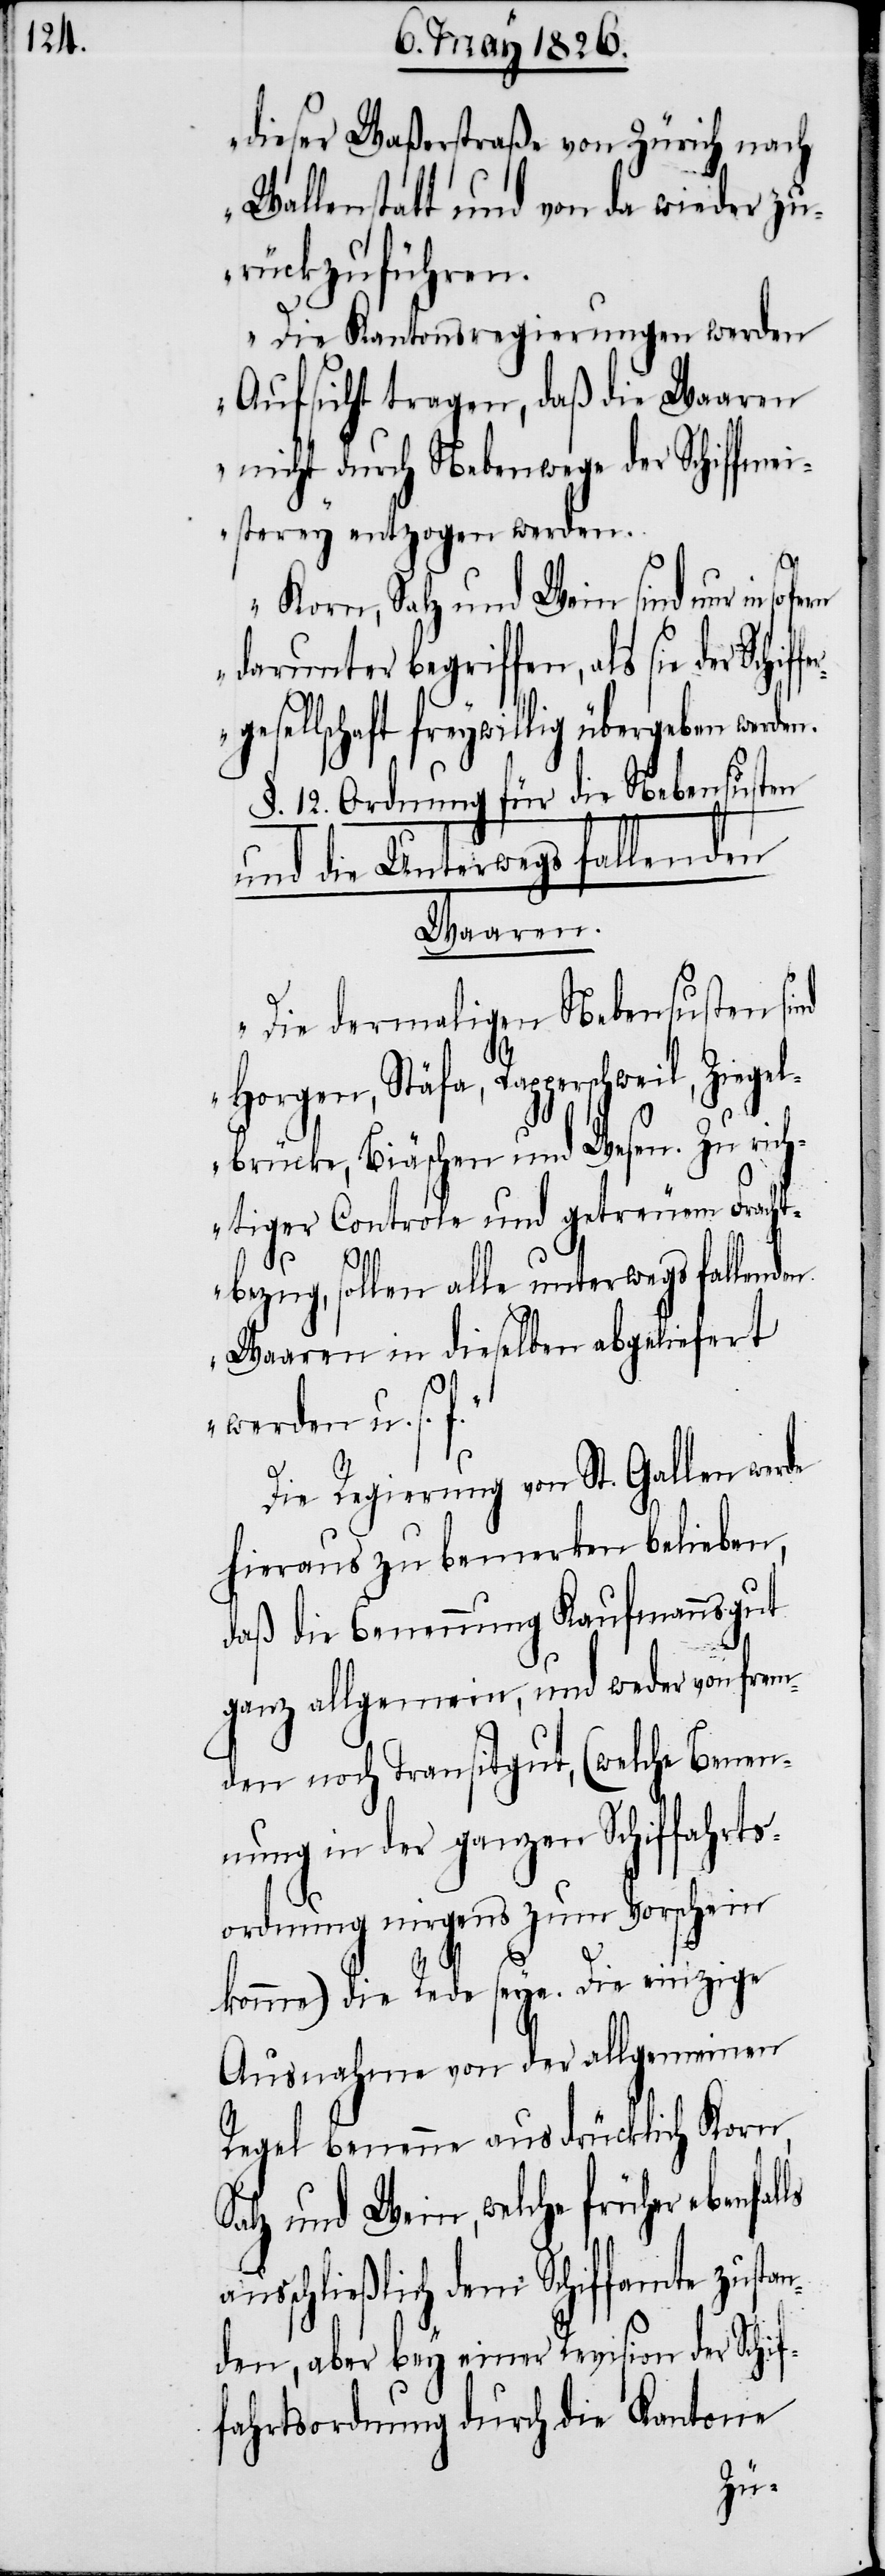
dieser Waßerstraße von Zürich nach
Wallenstadt und von da wieder zu¬
rückzuführen.
Die Kantonsregierungen werden
Aufsicht tragen, daß die Waaren
nicht durch Nebenwege der Schiffmei¬
sterey entzogen werden.
lls
Korn, Salz und Wein sind nur in so
darunter begriffen, als sie der Schif¬
esellschaft freywillig übergeben werde¬
§. 12. Ordnung für die Nebensusten
und die Unterwegs fallenden
Waaren.
‚Die dermaligen Nebensusten sind
Horgen, Stäfa, Rapperschweil, Ziegel¬
brücke, Biäschen und Wesen. Zu rich¬
tiger Controle und getreuem Fracht¬
bezug, sollen alle unterwegs fallenden
Waaren in dieselben abgeliefert
werden u. s.
Die Regierung von St. Gallen werde
hieraus zu bemerken belieben,
daß die Benennung Kaufmannsgut
ganz allgemein, und weder von frem¬
den noch Transitgut, (welche Benen¬
nung in der ganzen Schiffahrts¬
ordnung nirgends zum Vorschein
komme) die Rede seye. Die einzige
Ausnahme von der allgemeinen
Regel benenne ausdrücklich Korn,
Salz und Wein, welche früher ebenfa¬
ausschließlich dem Schiffamte zusta¬
nden, aber bey einer Revision der Schif¬
fahrtsordnung durch die Kantone